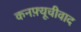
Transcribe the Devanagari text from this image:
कनफ़्यूचीवाद